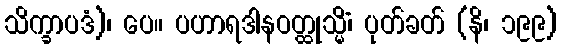
သိက္ခာပဒံ)၊ ပေ။ ပဟာရဒါနဝတ္ထုသ္မိံ၊ ပုတ်ခတ် (နိ၊ ၁၉၉)